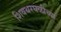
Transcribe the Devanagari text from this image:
शिवथरघळीच्या